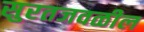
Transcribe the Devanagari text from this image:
सुरतजवळील